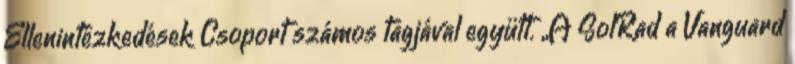
Ellenintézkedések Csoport számos tagjával együtt. „A SolRad a Vanguard